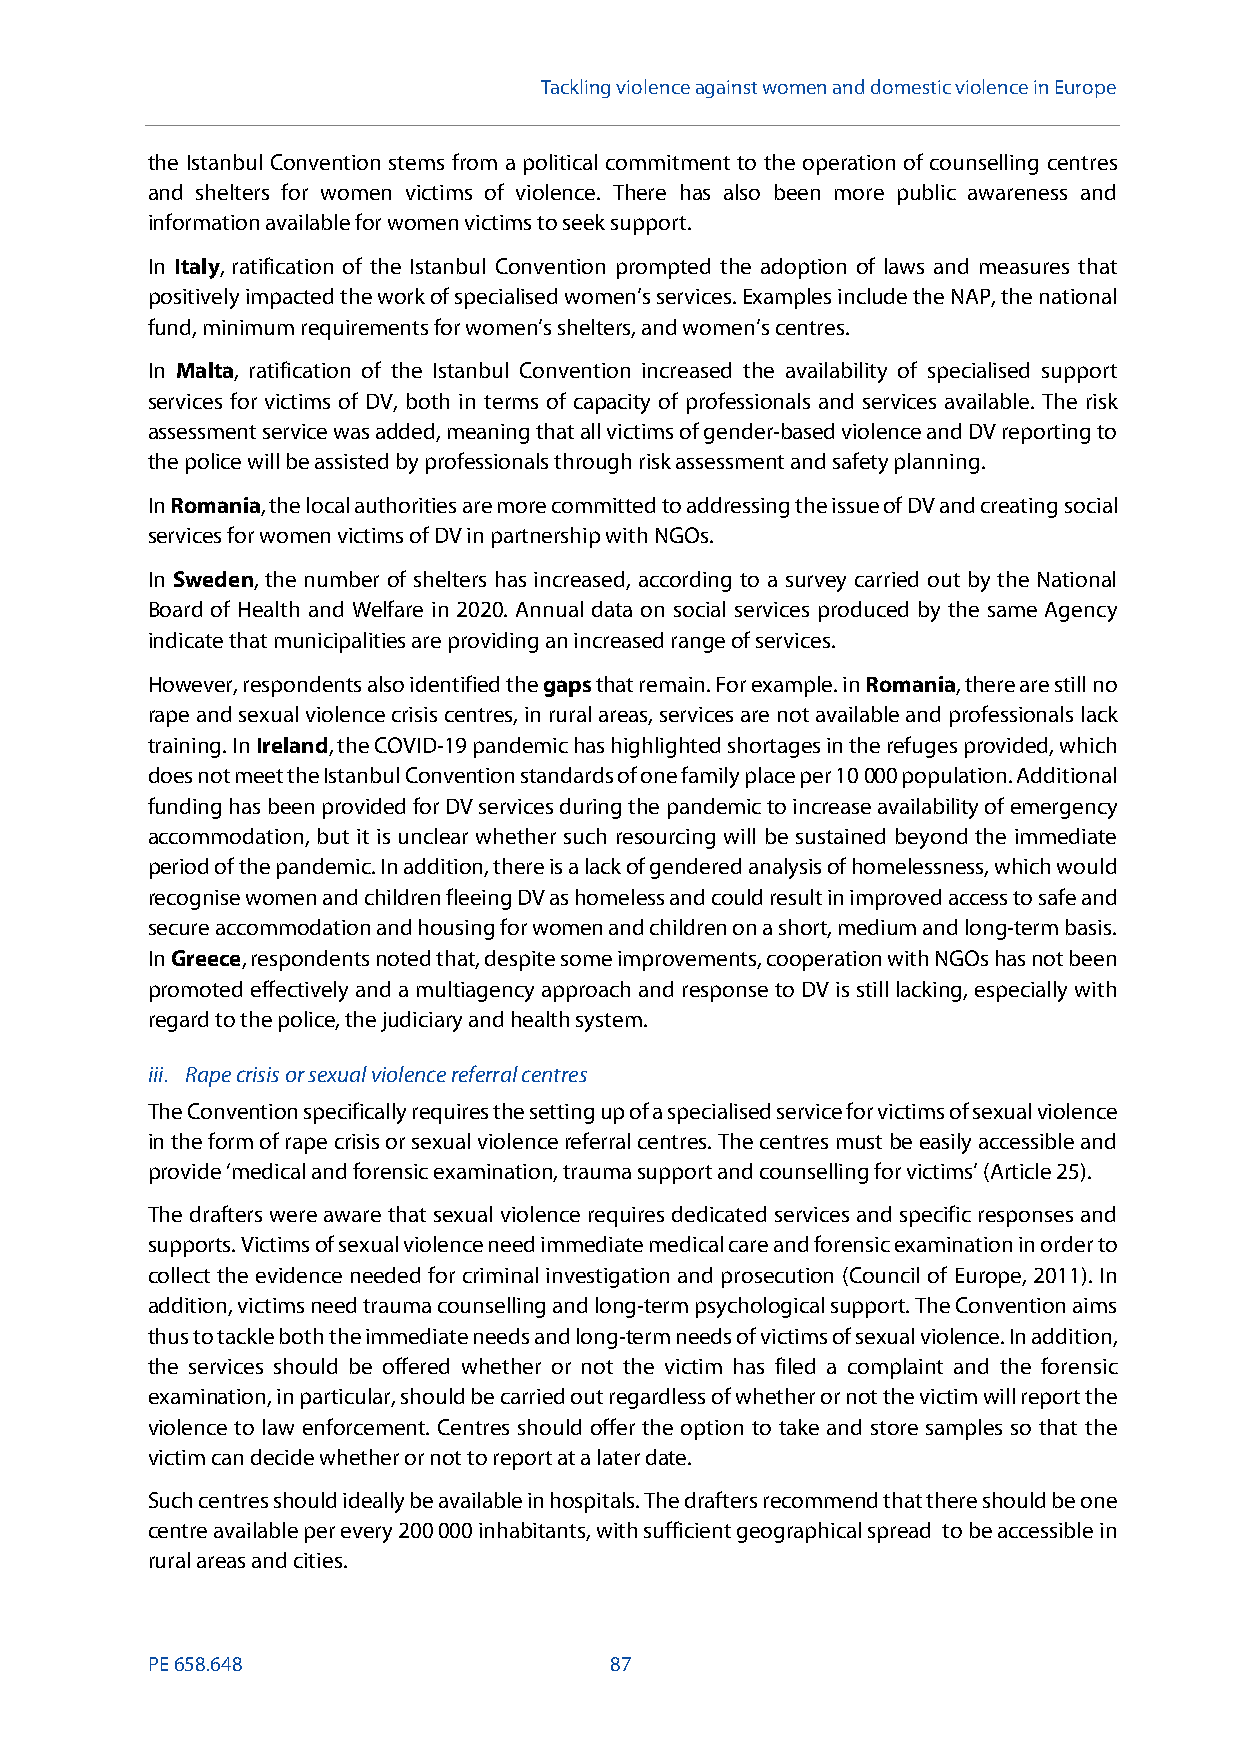
Tackling violenceagainst women and domestic violence in Europe
 the Istanbul Convention stems from a political commitment to the operation of counselling centres
 and shelters for women victims of violence. There has also been more public awareness and
 information available for women victims to seek support.
 In Italy, ratification of the Istanbul Convention prompted the adoption of laws and measures that
 positively impacted the work of specialised women’s services.Examples include the NAP, the national
 fund, minimum requirements for women’s shelters, and women’s centres.
 In Malta, ratification of the Istanbul Convention increased the availability of specialised support
 services for victims of DV, both in terms of capacity of professionals and services available. The risk
 assessment service was added, meaning that all victims of gender-based violence and DV reporting to
 the police will be assisted by professionals through risk assessment and safety planning.
 InRomania, the local authorities are more committed to addressing the issue of DV and creating social
 services for women victims of DV in partnership with NGOs.
 In Sweden, the number of shelters has increased, according to a survey carried out by the National
 Board of Health and Welfare in 2020. Annual data on social services produced by the same Agency
 indicate that municipalities are providing an increased range of services.
 However, respondents also identified thegapsthat remain. For example. inRomania,there are still no
 rape and sexual violence crisis centres, in rural areas, services are not available and professionals lack
 training. InIreland, the COVID-19 pandemic has highlighted shortages in the refuges provided, which
 does not meet the Istanbul Convention standards of one family place per 10000 population. Additional
 funding has been provided for DV services during the pandemic to increase availability of emergency
 accommodation, but it is unclear whether such resourcing will be sustained beyond the immediate
 period of the pandemic. In addition, there is a lack of gendered analysis of homelessness, which would
 recognise women and children fleeing DV as homeless and could result in improved access to safe and
 secure accommodation and housing for women and children on a short, medium and long-term basis.
 InGreece, respondents noted that, despite some improvements, cooperation with NGOs has not been
 promoted effectively and a multiagency approach and response to DV is still lacking, especially with
 regard to the police, the judiciary and health system.
 iii. Rapecrisis or sexual violence referral centres
 The Convention specifically requires the setting up of a specialised service for victims of sexual violence
 in the form of rape crisis or sexual violencereferral centres. The centres must be easily accessible and
 provide ‘medical and forensic examination, trauma support and counselling for victims’ (Article 25).
 The drafters were aware that sexual violence requires dedicated services and specific responsesand
 supports. Victims of sexual violence need immediate medical care and forensic examination in order to
 collect the evidence needed for criminal investigation and prosecution (Council of Europe, 2011). In
 addition, victims need trauma counselling and long-term psychological support. The Convention aims
 thus to tackle both the immediate needs and long-term needs of victims of sexual violence. In addition,
 the services should be offered whether or not the victim has filed a complaint and the forensic
 examination, in particular, should be carried out regardless of whether or not the victim will report the
 violence to law enforcement. Centres should offer the option to take and store samples so that the
 victim can decide whether or not to report at a later date.
 Such centres should ideally be available in hospitals. The drafters recommend that there should be one
 centre available per every 200000 inhabitants, with sufficient geographical spread to be accessible in
 rural areas and cities.
 PE658.648                     87